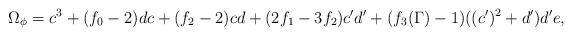
LaTeX: \begin{align*}\Omega_{\phi} = c^3 + (f_0 -2 ) dc + (f_2-2) cd +(2 f_1 - 3 f_2)c' d'+(f_3(\Gamma) -1 ) ((c')^2 + d') d' e,\end{align*}